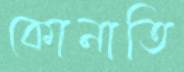
কোনাতি